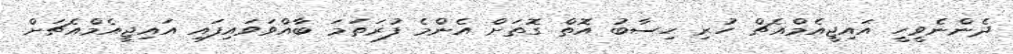
ދެންނެވީހީ އައިޖީއެމްއެޗް ހުރި ހިސާބު އޮތް ގޮތަށް އެންމެ ފުރަތަމަ ބާއްވަވައިފައި އައިޖީއެމްއެޗަށް